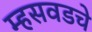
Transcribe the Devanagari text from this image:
म्हसवडचे